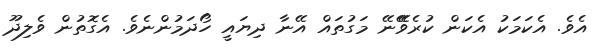
އެވެ. އެކަމަކު އެކަން ކުރެވޭޭނޭ މަގުތައް އޭނާ ދިޔައީ ހޯދަމުންނެވެ. އެގޮތުން ވެލިދޫ